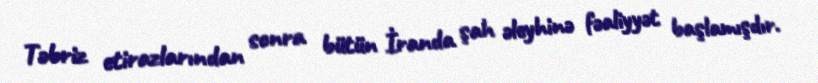
Təbriz etirazlarından sonra bütün İranda şah əleyhinə fəaliyyət başlamışdır.